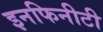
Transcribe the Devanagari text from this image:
इनफिनीटी